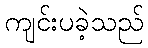
ကျင်းပခဲ့သည်